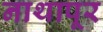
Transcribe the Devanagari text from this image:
नाथापूर